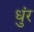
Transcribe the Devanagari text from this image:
धुंर